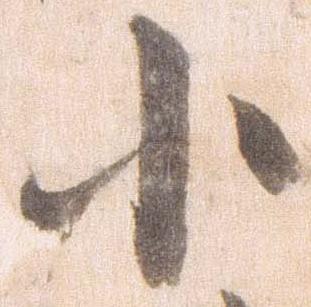
小